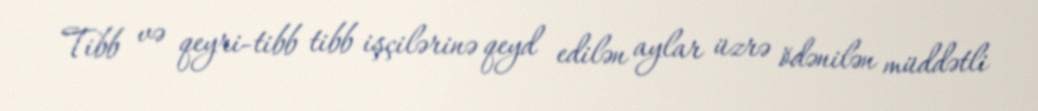
Tibb və qeyri-tibb tibb işçilərinə qeyd edilən aylar üzrə ödənilən müddətli